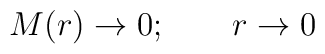
M(r) \rightarrow 0; \qquad r\rightarrow 0